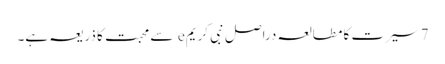
7 سیرت کا مطالعہ دراصل نبی کریمe سے محبت کا ذریعہ ہے۔